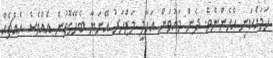
ހަމައެކަނި އެހެންނެވެ. ދެން މައުވަން އަހާލީ މަޒްހަރު އޭނަޔާ ބެހޭގޮތުން އެއްވެސް އެއްޗެއް